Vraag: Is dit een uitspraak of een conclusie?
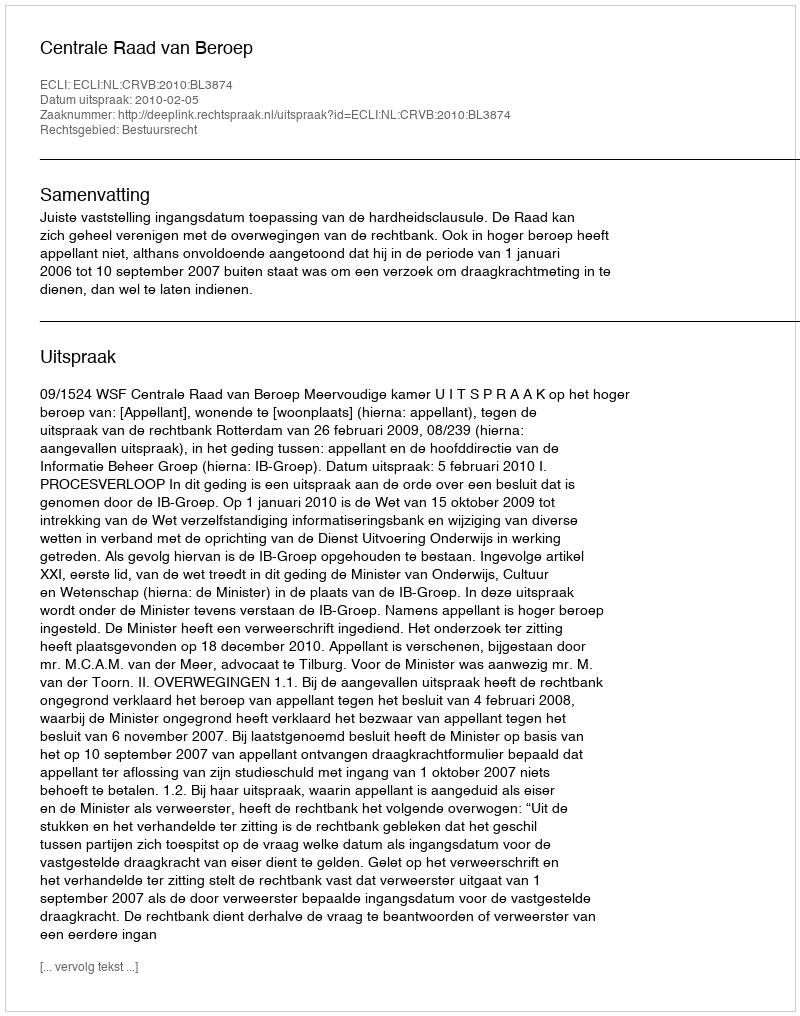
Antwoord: Uitspraak